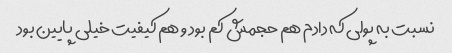
نسبت به پولی که دادم هم حجمش کم بود و هم کیفیت خیلی پایین بود